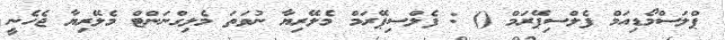
ޕްލަސްމޯޑިއަމް ފެލްސިޕޭރަމް () : ފެލްސިޕޭރަމް މެލޭރިޔާ ނުވަތަ މެލިގްނަންޓް މެލޭރިޔާ ޖެހެނީ